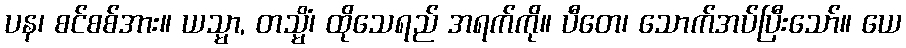
ပန၊ စင်စစ်အား။ ယသ္မာ, တသ္မိံ၊ ထိုသေရည် အရက်ကို။ ပီတေ၊ သောက်အပ်ပြီးသော်။ ယေ